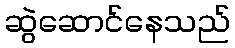
ဆွဲဆောင်နေသည်